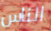
الناس